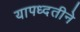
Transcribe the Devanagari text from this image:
यापध्दतीने